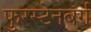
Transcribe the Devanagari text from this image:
फुरस्टेनबर्ग